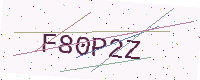
Text: F80P2Z